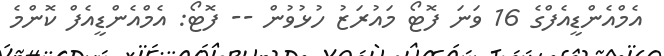
އެމްއެންޑީއެފްގެ 16 ވަނަ ފޮޓޯ މައުރަޒު ހުޅުވުން -- ފޮޓޯ: އެމްއެންޑީއެފް ކޮންމެ